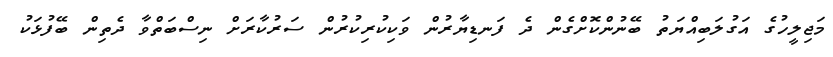
މަޖިލީހުގެ އަގުލަބިއްޔަތު ބޭނުންކޮށްގެން ދެ ފަނޑިޔާރުން ވަކިކުރިކުރުން ސަރުކާރަށް ނިސްބަތްވާ ދެތިން ބޭފުޅަކު